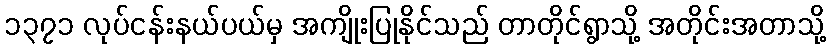
၁၃၇၁ လုပ်ငန်းနယ်ပယ်မှ အကျိုးပြုနိုင်သည် တာတိုင်ရွာသို့ အတိုင်းအတာသို့